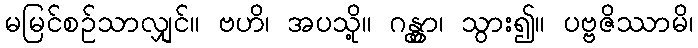
မမြင်စဉ်သာလျှင်။ ဗဟိ၊ အပသို့။ ဂန္တွာ၊ သွား၍။ ပဗ္ဗဇိဿာမိ၊